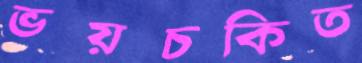
ভয়চকিত